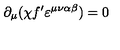
\partial _ { \mu } ( \chi f ^ { \prime } \varepsilon ^ { \mu \nu \alpha \beta } ) = 0